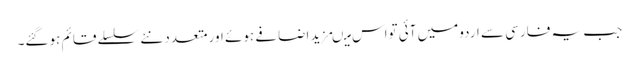
جب یہ فارسی سے اردومیں آئی تواس میںمزید اضافے ہوئے اورمتعدِد نئے سلسلے قائم ہوگئے۔